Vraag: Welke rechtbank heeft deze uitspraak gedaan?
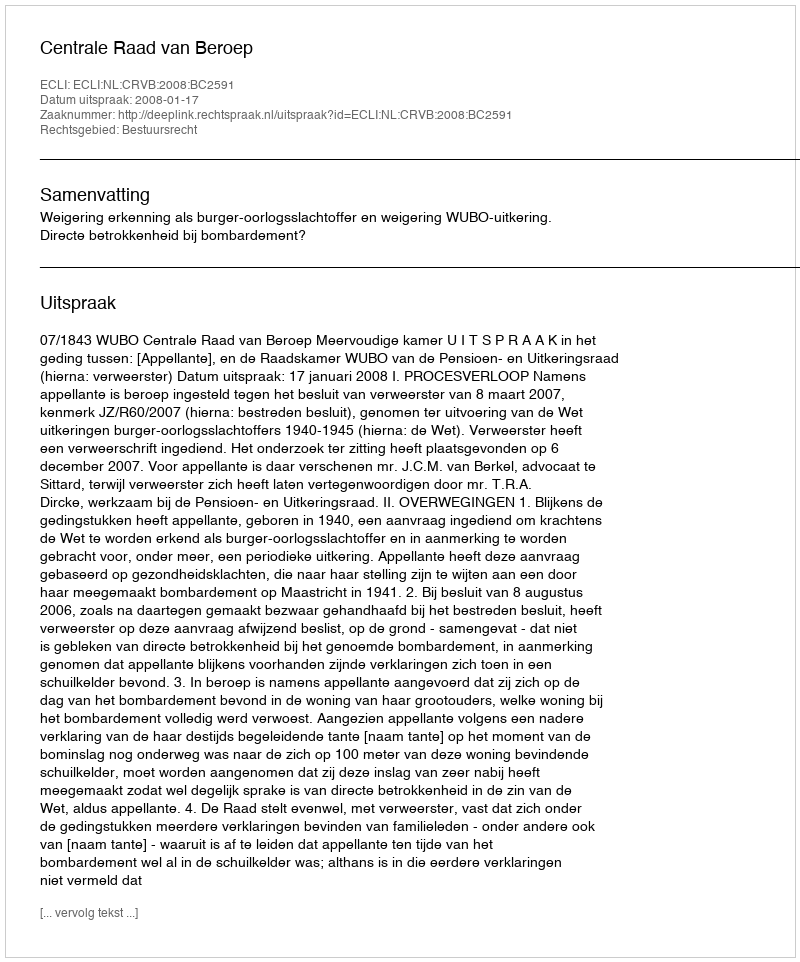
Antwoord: Centrale Raad van Beroep